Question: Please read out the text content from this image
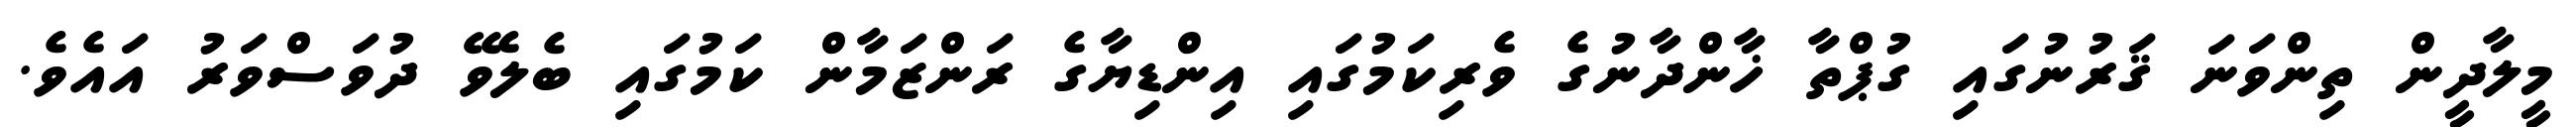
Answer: މީލާދީން ތިންވަނަ ޤަރުނުގައި ގުޕްތާ ޚާންދާނުގެ ވެރިކަމުގައި އިންޑިޔާގެ ރަންޒަމާން ކަމުގައި ބެލެވޭ ދުވަސްވަރު އައެވެ.